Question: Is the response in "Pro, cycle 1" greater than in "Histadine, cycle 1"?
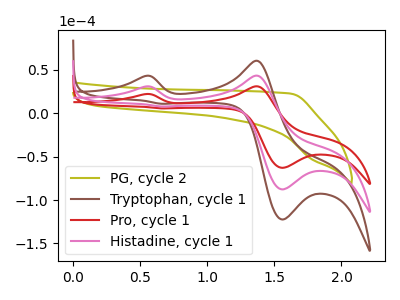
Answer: <think>The olive curve "PG, cycle 2" has no peaks. The brown curve "Tryptophan, cycle 1" has anodic peaks at (0.55V, 61.65uA) (1.35V, 86.70uA) and cathodic peaks at (1.55V, -175.50uA) (0.65V, 15.65uA). The red curve "Pro, cycle 1" has anodic peaks at (0.55V, 22.10uA) (1.35V, 31.05uA) and cathodic peaks at (1.55V, -62.90uA) (0.65V, 5.60uA). The pink curve "Histadine, cycle 1" has anodic peaks at (0.55V, 30.85uA) (1.35V, 43.35uA) and cathodic peaks at (1.55V, -87.75uA) (0.65V, 7.80uA).
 All the peaks in "Pro, cycle 1" have a peak in "Histadine, cycle 1" at the same potential.</think>
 <answer>I cant tell if "Pro, cycle 1" or "Histadine, cycle 1" has more signal.</answer>
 <eval>mixed_signal</eval>